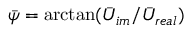
\bar { \psi } = \arctan ( \bar { U } _ { i m } / \bar { U } _ { r e a l } )